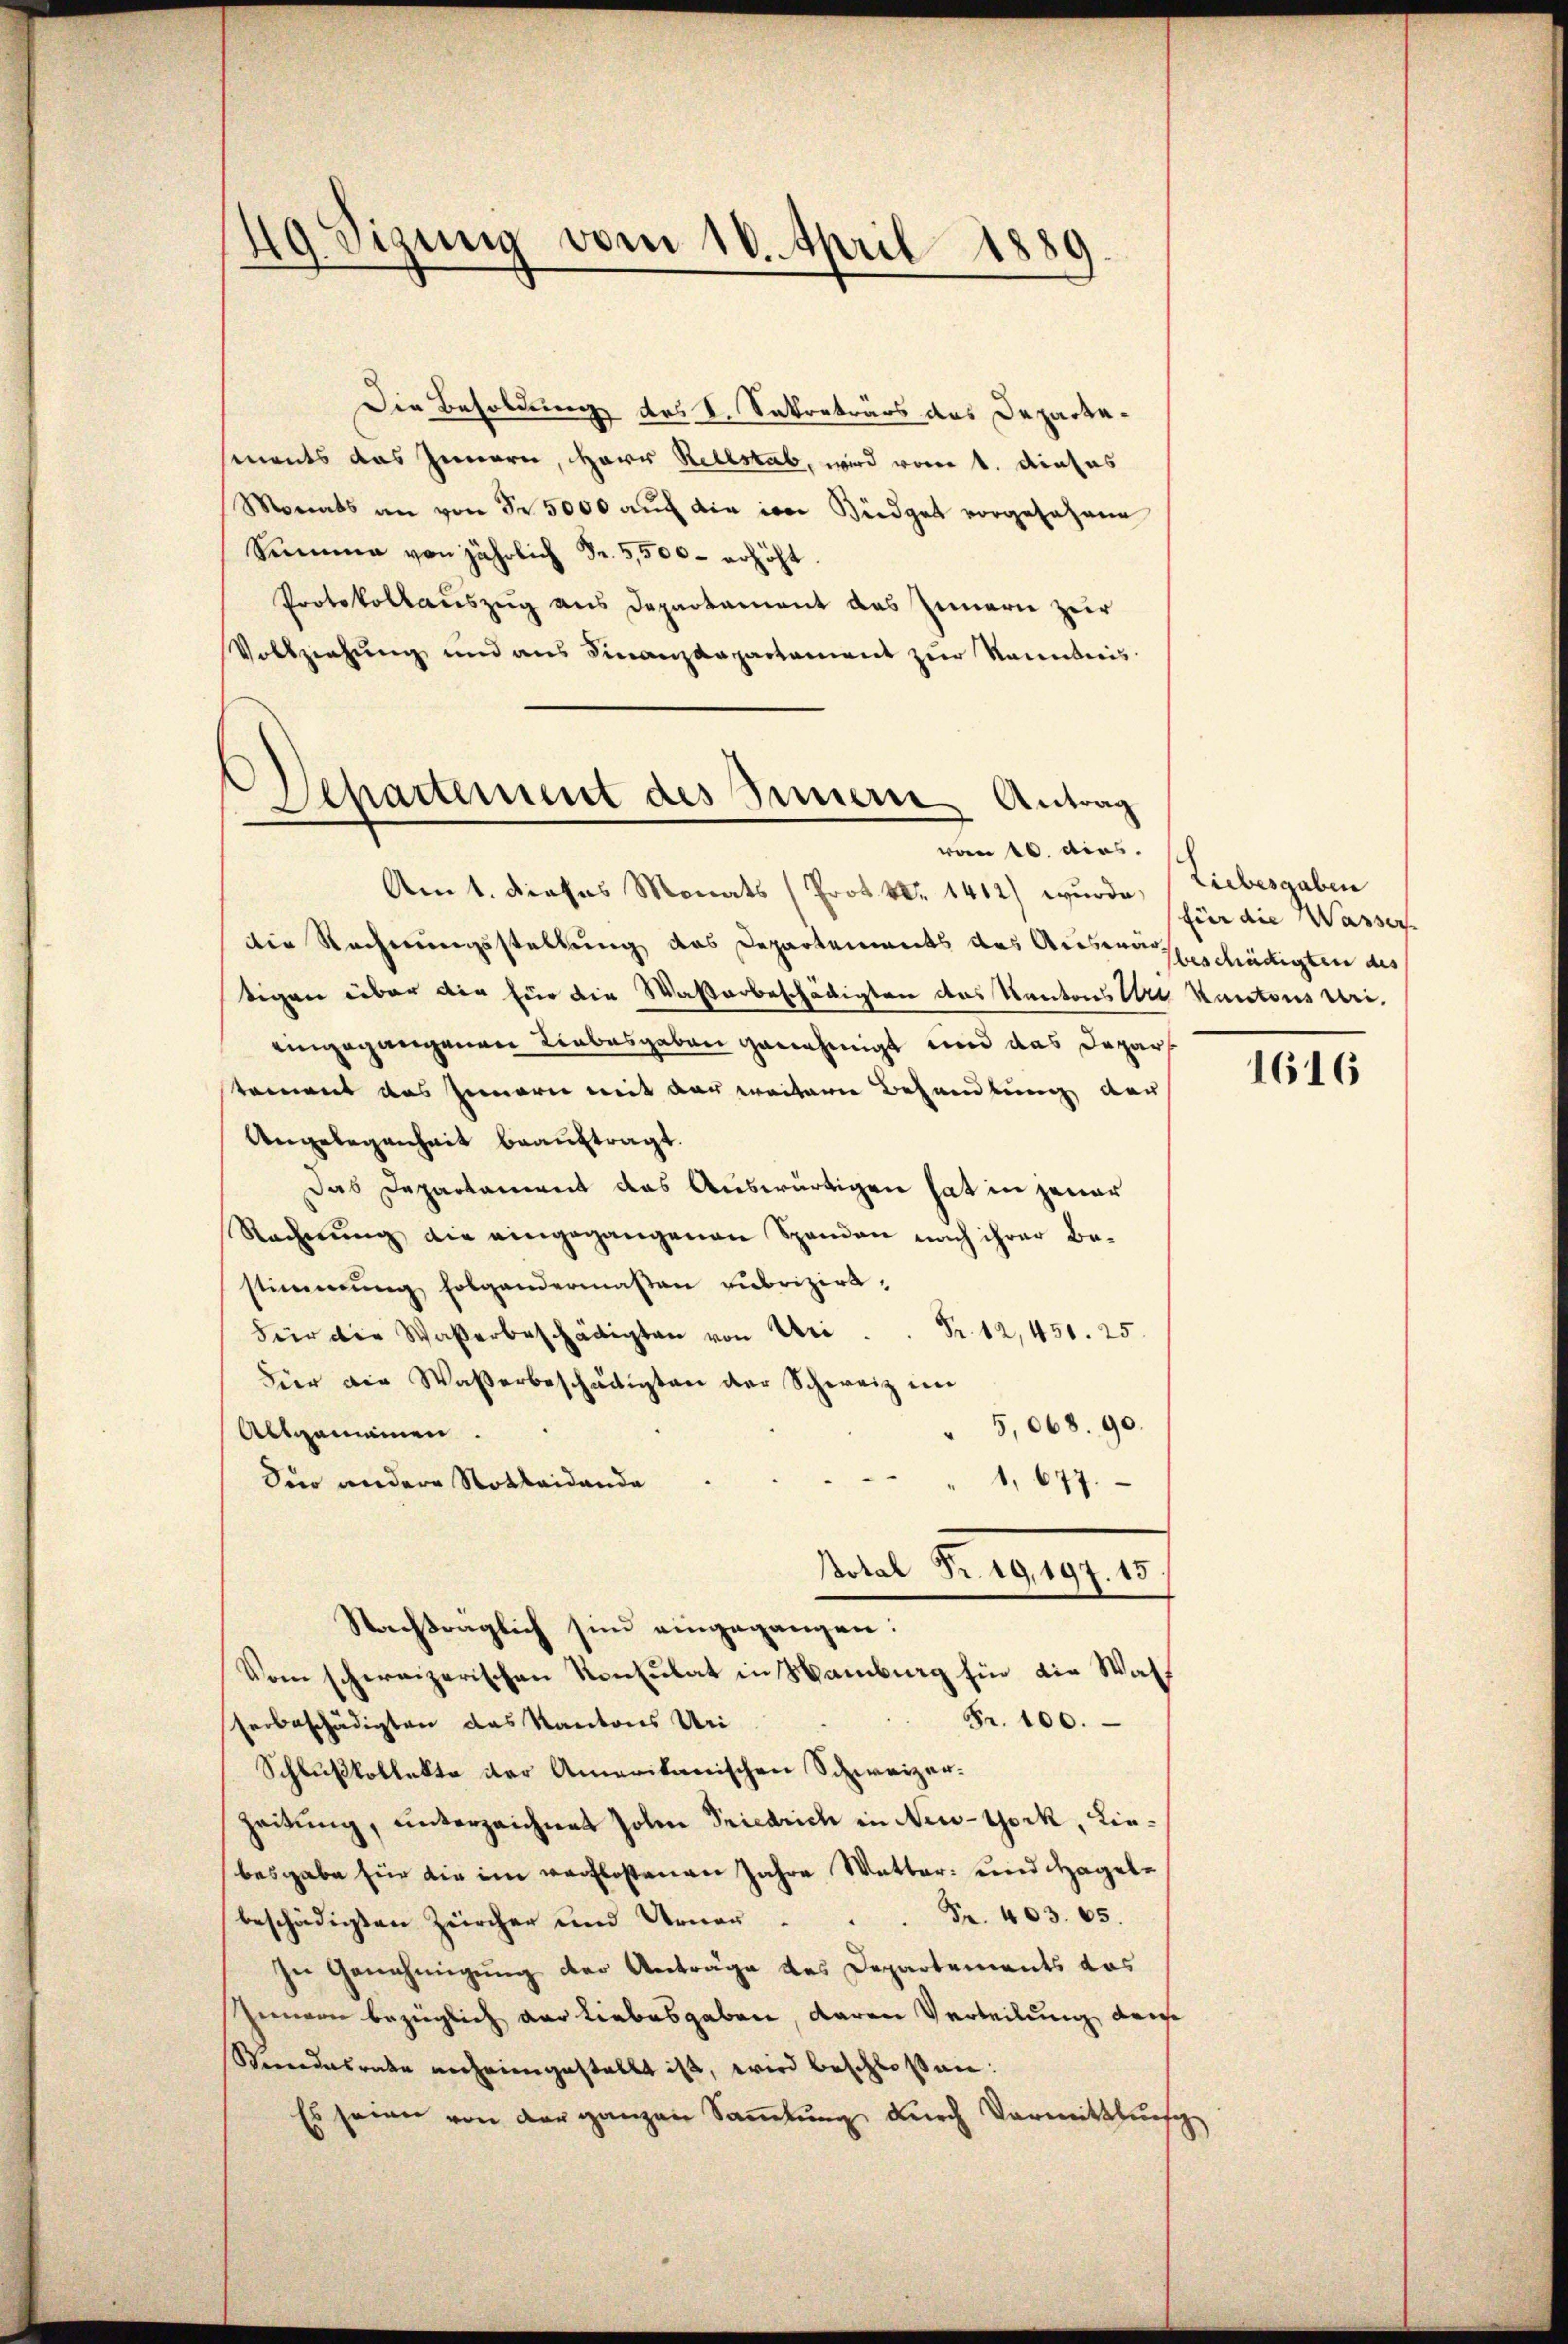
49. Sizung vom 10. April 1889.

Departement des Innern Antrag
von 10. dies

Die Besoldung des V. Sakontrars des Departesments das Innern, Herr Rellstab, wird vom 1. Denhas
Monats an von Fr. 5000 auch die im Büdget vorgefahrne
Summe von jährlich Fr. 5,500 - erhöht
Protokollauszug aus Departement das Innern zur
Vollziehung und ans Finanzdepartament zŭr Kenntnis

Am 1. dieses Monats (Prot. Nr. 1412) wurde, (Liebesgaben
die Rechnungsstellung des Departements des Auswegeschädigten des
tigen über die für die Wasterbeschädigten das Kantons Uri Kantons Urieingegangenen Liebesgaben genehmigt und das Depar
tament das Zimmern mit der weitere Behandlung der
Angelegenheit beauftragt.
Das Departament das Auswärtigen hat in jener
Rechnŭng die eingegangenen Spandon nach ihrer Be-
stimmung folgendermaßen zubrizirt,
Fr. 12, 450. 25.
Für die Waßerbeschädigten von Uri
Hier die Wasserbeschädigten der Schweiz in
5,068. 90.
Allgemeinen.
Seo andere Notleidende
1, 677.
Botal Nr. 19,197. 15.
Nachträglich sind eingegangen:
Vom schweizerischen Konsulat in Wamburg hin die Was¬
Fr. 100.
serbeschädigten das Kantons Uri
Schlußkollekte der Amerikanischen Schweizer¬
Zeitung, unterzeichnet Johan Friedrich in New-York, Liebesgabe für die im verlostenen Jahre Wetter- und Hagele
beschädigten Zürcher und Urner .   Fr. 403. 65.
In Genehmigung der Anträge des Departements das
Innern bezüglich der Liebesgaben, daran Verteilung derse
Standesrate noch eingestellt ist, wird beschloßen:
Es seien von der ganzen Sammlung durch Vormittlung

für die Wasser

1616